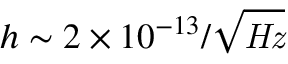
h \sim { 2 \times 1 0 ^ { - 1 3 } / { \sqrt { \mathit { H z } } } }